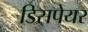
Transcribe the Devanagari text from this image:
डिसपेयर